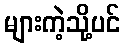
များကဲ့သို့ပင်